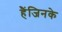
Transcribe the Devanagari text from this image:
हैंजिनके